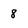
Character: 8